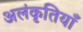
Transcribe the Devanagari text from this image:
अलंकृतियाँ